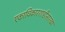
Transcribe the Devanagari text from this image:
एकाधिकारशाहीसारखा